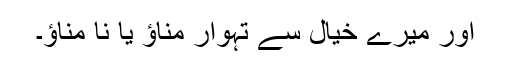
اور میرے خیال سے تہوار مناؤ یا نا مناؤ۔